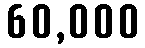
60,000